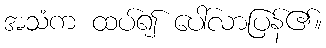
အသံက ထပ်၍ ပေါ်လာပြန်၏။